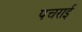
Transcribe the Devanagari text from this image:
पचराई